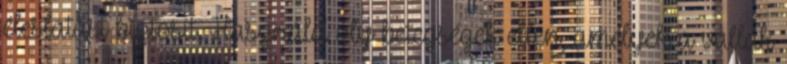
éleslátást biztosít. Használd oly betegségek ellen, amelyek a vállak